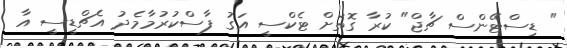
" ޑިސްޓޭންސް ޗާޖް" ކުރާ ގޮތަށް ޓެކްސީ އަގު ފާސްކުރުމާމެދު އެޗްޑީސީ އާ